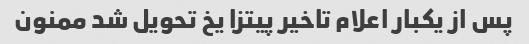
پس از یکبار اعلام تاخیر پیتزا یخ تحویل شد ممنون